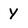
Character: y